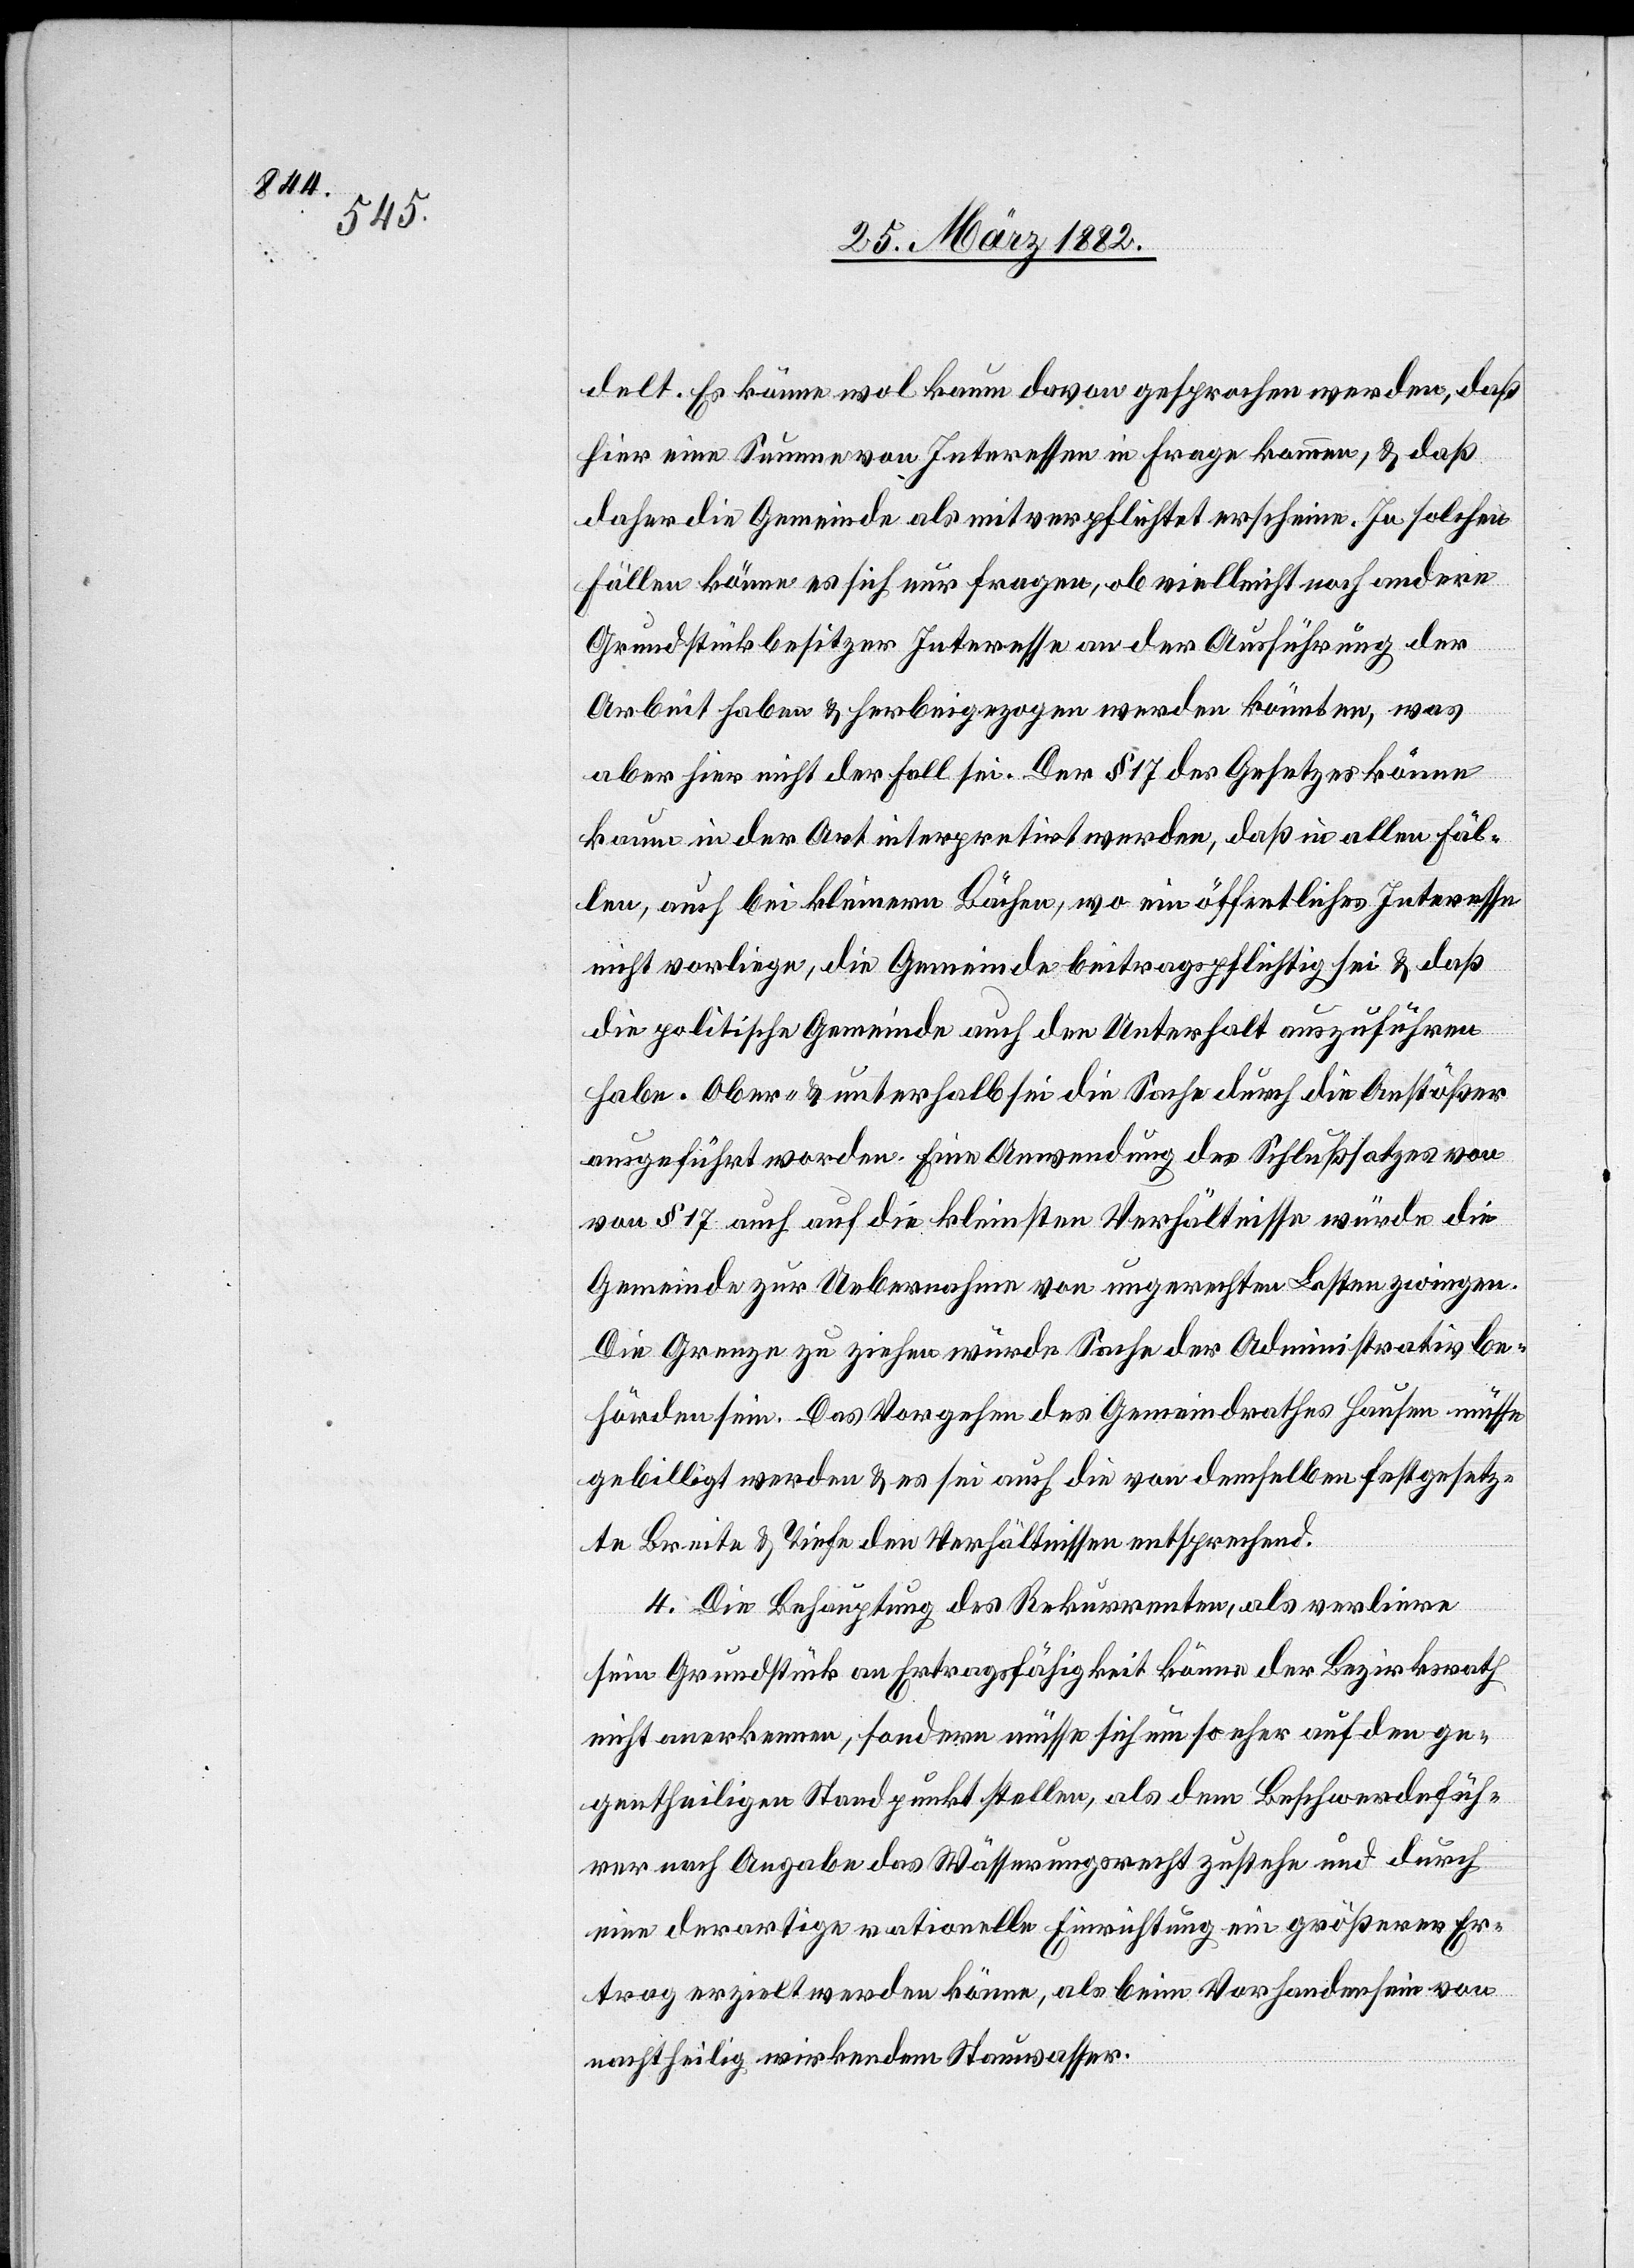
delt. Es könne wol kaum davon gesprochen werden, daß
hier eine Summe von Interessen in Frage komme, & daß
daher die Gemeinde als mitverpflichtet erscheine. In solchen
Fällen könne es sich nur fragen, ob vielleicht noch andere
Grundstückbesitzer Interesse an der Ausführung der
Arbeit haben & herbeigezogen werden könnten, was
aber hier nicht der Fall sei. Der § 17 des Gesetzes könne
kaum in der Art interpretiert werden, daß in allen Fäl¬
len, auch bei kleinern Bächen, wo ein öffentliches Interesse
nicht vorliege, die Gemeinde beitragspflichtig sei & daß
die politische Gemeinde auch den Unterhalt auszuführen
habe. Ober- & unterhalb sei die Sache durch die Anstößer
ausgeführt worden. Eine Anwendung des Schlußsatzes v¬
on § 17 auch auf die kleinsten Verhältnisse würde die
Gemeinde zur Uebernahme von ungerechten Lasten zwingen.
Die Grenze zu ziehen würde Sache der Administrativbe¬
hörden sein. Das Vorgehen des Gemeindrathes Hausen müsse
gebilligt werden & es sei auch die von demselben festgesetz¬
ten Breite & Tiefe den Verhältnissen entsprechend.
4. Die Behauptung des Rekurrenten, als verliere
sein Grundstück an Ertragfähigkeit könne der Bezirksrath
nicht anerkennen, sondern müsse sich um so eher auf den ge¬
gentheiligen Standpunkt stellen, als dem Beschwerdefüh¬
rer nach Angabe das Wässerungsrecht zustehe und durch
eine derartige rationelle Einrichtung ein größerer Er¬
trag erzielt werden könne, als beim Vorhandensein von
nachtheilig wirkendem Stauwasser.